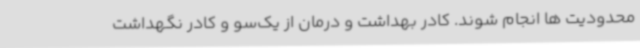
محدودیت ها انجام شوند. کادر بهداشت و درمان از یک‌سو و کادر نگهداشت